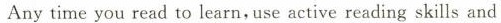
Anytime you read to learn,use active reading skills and